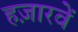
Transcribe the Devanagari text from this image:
हज़ारवें